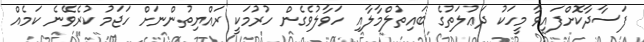
ފަސާދާކޮށްފައިވާ މީހަކު ދަޢުލަތުގެ ބައިތުލްމާލާއި ހަވާލުވެގެން ހުރުމަކީ ރައްޔިތުންނަށް ހަޖަމު ކުރެވޭނެ ކަމެއް